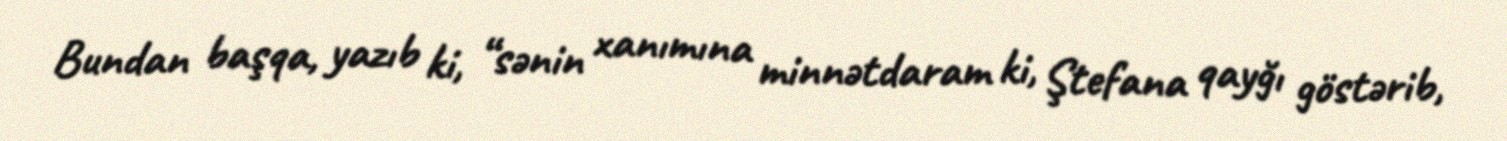
Bundan başqa, yazıb ki, “sənin xanımına minnətdaram ki, Ştefana qayğı göstərib,